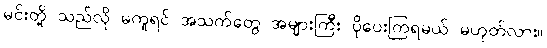
မင်းတို့ သည်လို မကူရင် အသက်တွေ အများကြီး ပိုပေးကြရမယ် မဟုတ်လား။